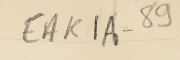
EAK1A-89